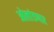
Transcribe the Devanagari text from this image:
ओलांडणार